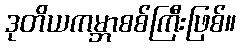
ဒုတိယကမ္ဘာစစ်ကြီးဖြစ်။